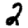
Digit: 2